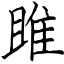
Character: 雎